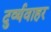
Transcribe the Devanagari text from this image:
दुर्व्यवाहर